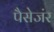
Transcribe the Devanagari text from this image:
पैसेजंर